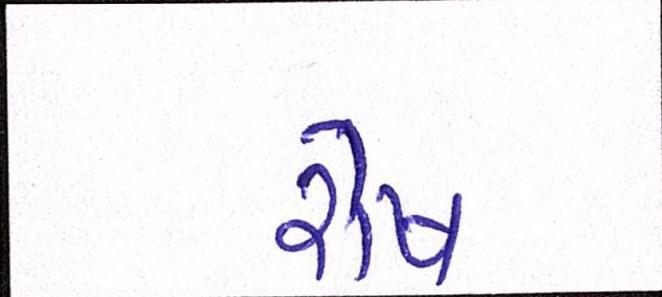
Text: રોષ